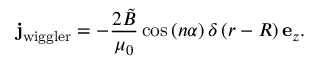
\mathbf { j } _ { \mathrm { w i g g l e r } } = - \frac { 2 \tilde { B } } { \mu _ { 0 } } \cos \left( n \alpha \right) \delta \left( r - R \right) \mathbf { e } _ { z } .